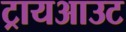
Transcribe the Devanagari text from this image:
ट्रायआउट